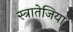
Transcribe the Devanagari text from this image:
स्त्रातेजिया